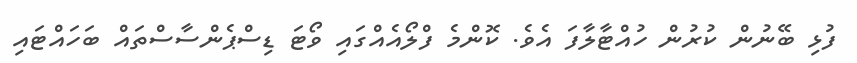
ފުޅި ބޭނުން ކުރުން ހުއްޓާލާފަ އެވެ. ކޮންމެ ފްލޯއެއްގައި ވޯޓަ ޑިސްޕެންސާސްތައް ބަހައްޓައި